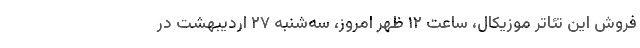
فروش این تئاتر موزیکال، ساعت ۱۲ ظهر امروز، سه‌شنبه ۲۷ اردیبهشت در